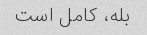
بله، کامل است